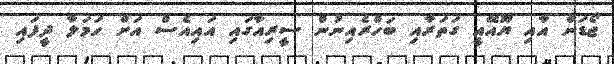
ޖޯޑަން އާއި ޔޫއޭއީ ގަތަރާއި ބަހްރެއިނުން ސީރިއާގައި އައިއެސް އަށް ހަމަލާ ދީފައި